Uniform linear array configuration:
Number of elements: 24
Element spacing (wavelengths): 1
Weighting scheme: hamming
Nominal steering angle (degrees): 30
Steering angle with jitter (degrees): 29.0
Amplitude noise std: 0.05
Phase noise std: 0.05

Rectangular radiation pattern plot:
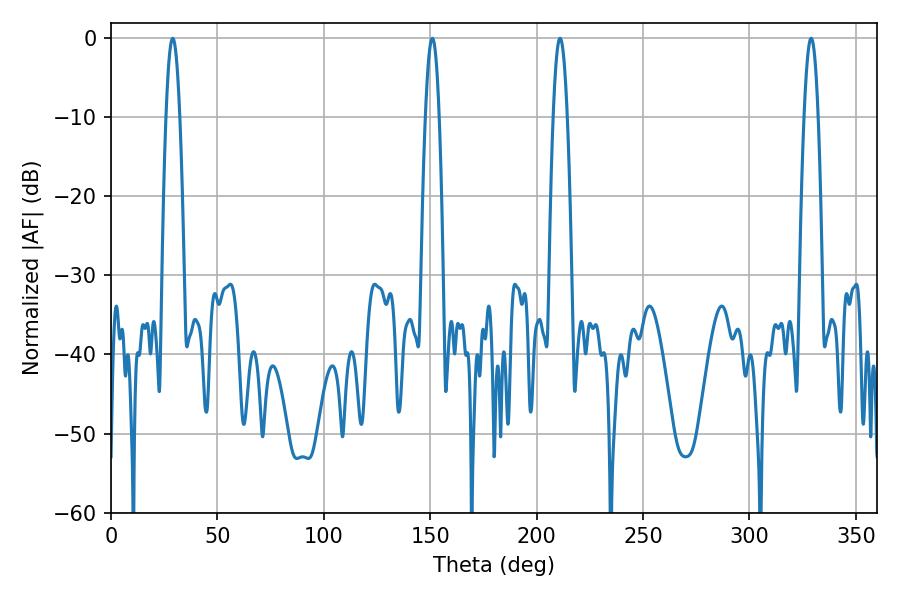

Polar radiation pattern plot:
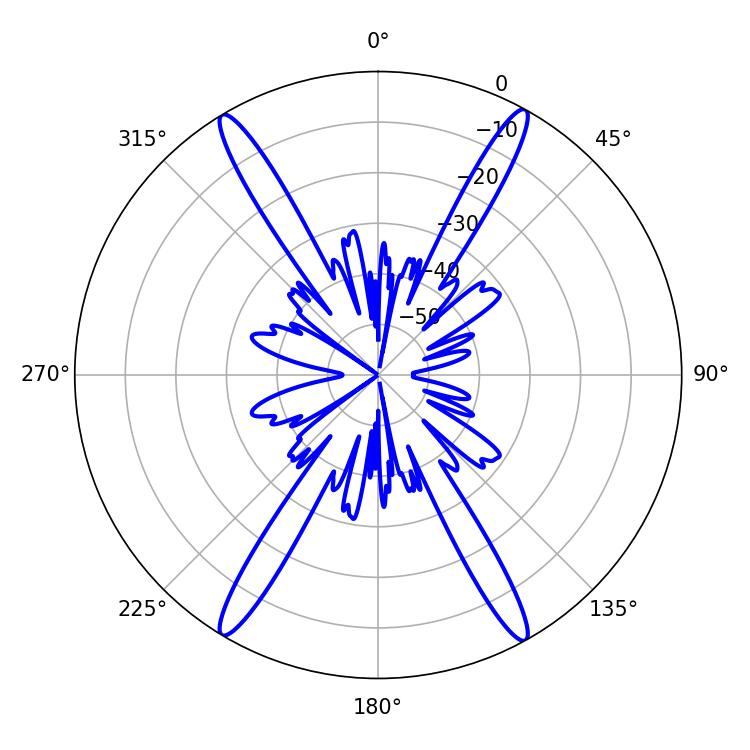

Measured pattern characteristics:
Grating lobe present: TRUE
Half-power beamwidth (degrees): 3.6
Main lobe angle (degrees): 28.98